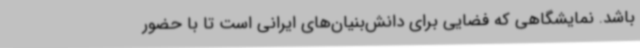
باشد. نمایشگاهی که فضایی برای دانش‌بنیان‌های ایرانی است تا با حضور